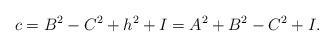
LaTeX: \begin{align*} c=B^{2}-C^{2}+h^{2}+I=A^2+B^2-C^2+I.\end{align*}